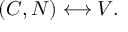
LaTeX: ( { \cal C } , { \cal N } ) \longleftrightarrow V .